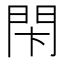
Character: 𨳲